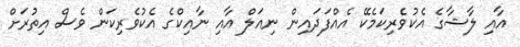
އާއި ލާޝާގެ އެކުވެރިކަމެކޭ އެއްފަދައިން ނިއަލް އާއި ނާއިކްގެ އެކުވެރިކަން ވެސް އިތުރަށް